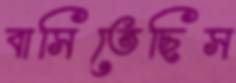
বাসিতেছিস